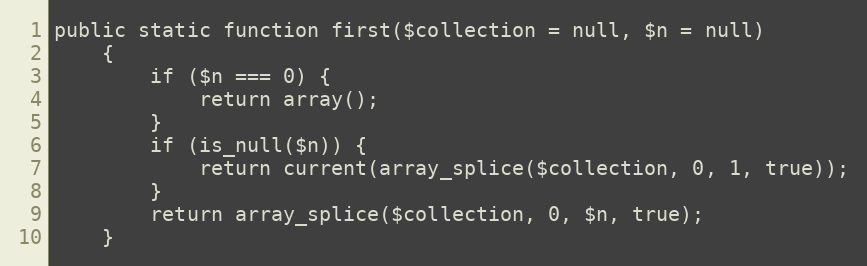
Language: PHP
public static function first($collection = null, $n = null)
    {
        if ($n === 0) {
            return array();
        }
        if (is_null($n)) {
            return current(array_splice($collection, 0, 1, true));
        }
        return array_splice($collection, 0, $n, true);
    }